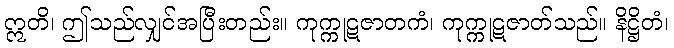
ဣတိ၊ ဤသည်လျှင်အပြီးတည်း။ ကုက္ကုဋဇာတကံ၊ ကုက္ကုဋဇာတ်သည်။ နိဋ္ဌိတံ၊